Preliminary report on the development of the Leishman-Donovan body in the bed bug - Number 27
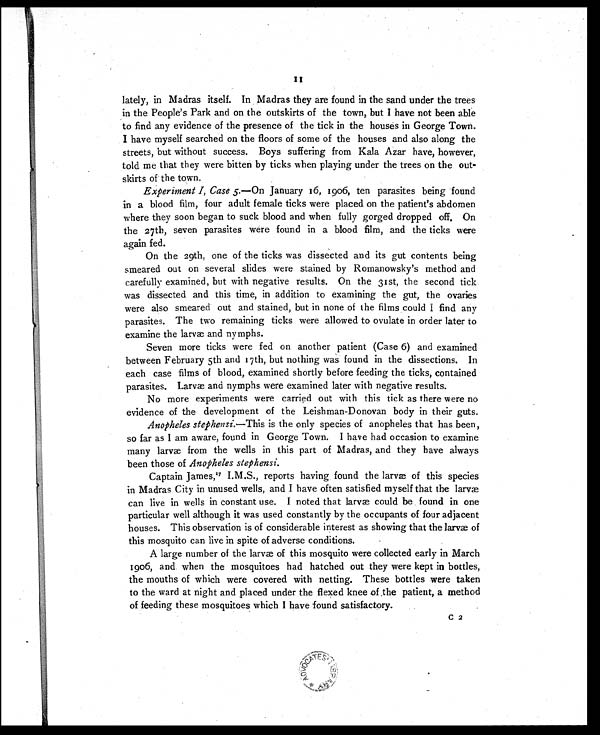
lately, in Madras itself. In Madras they are found in the sand under the trees
in the People's Park and on the outskirts of the town, but I have not been able
to find any evidence of the presence of the tick in the houses in George Town.
I have myself searched on the floors of some of the houses and also along the
streets, but without success. Boys suffering from Kala Azar have, however,
told me that they were bitten by ticks when playing under the trees on the out
-skirts of the town.
Experiment 1; Case 5 . —On January 16, 1906, ten parasites being found
in a blood film, four adult female ticks were placed on the patient's abdomen
where they soon began to suck blood and when fully gorged dropped off. On
the 27th, seven parasites were found in a blood film, and the ticks were
again fed.
On the 29th, one of the ticks was dissected and its gut contents being
smeared out on several slides were stained by Romanowsky's method and
carefully examined, but with negative results. On the 31st, the second tick.
was dissected and this time, in addition to examining the gut, the ovaries
were also smeared out and stained, but in none of the films could I find any
parasites. The two remaining ticks were allowed to ovulate in order later to
examine the larva and nymphs.
Seven more ticks were fed on another patient (Case 6) and examined
between February 5th and 17th, but nothing was found in the dissections. In
each case films of blood, examined shortly before feeding the ticks, contained
parasites. Larva and nymphs were examined later with negative results.
No more experiments were carried out with this tick as there were no
evidence of the development of the Leishman-Donovan body in their guts.
Anopheles stephensi. —This is the only species of anopheles that has been,
so far as I am aware, found in George Town. I have had occasion to examine
many larvae from the wells in this part of Madras, and they have always
been those of Anopheles stephensi.
Captain James,17 I.M.S., reports having, found the larvæ of this species
in Madras City in unused wells, and I have often satisfied myself that the larva
can live in wells in constant use. I noted that larvæ could be found in one
particular well although it was used constantly by the occupants of four adjacent
houses. This observation is of considerable interest as showing that the larvae of
this mosquito can live in spite of adverse conditions.
A large number of the larvæ of this mosquito were collected early in March
1906, and when the mosquitoes had hatched out they were kept in bottles,
the mouths of which were covered with netting. These bottles were taken
to the ward at night and placed under the flexed knee of .the patient, a method
of feeding these mosquitoes which I have found satisfactory.
C 2